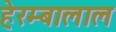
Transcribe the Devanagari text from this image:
हेरम्बालाल